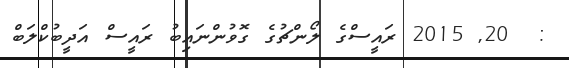
:  20